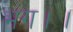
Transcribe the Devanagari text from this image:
भंग।।